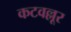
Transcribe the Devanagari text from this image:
कटवल्लूर